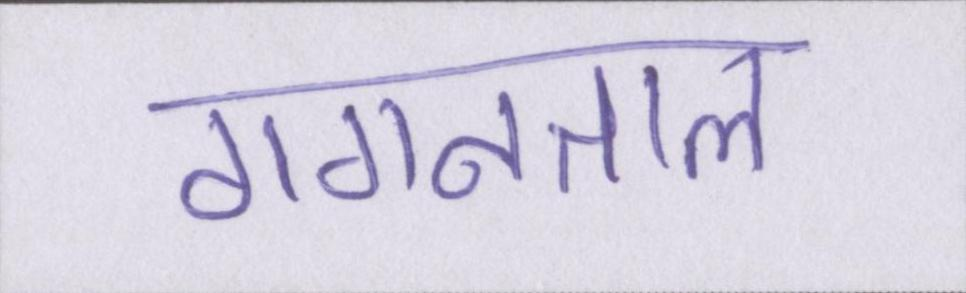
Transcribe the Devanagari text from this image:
गगनताल